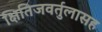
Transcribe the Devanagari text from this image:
क्षितिजवर्तुलासह